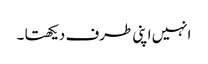
انہیں اپنی طرف دیکھتا ۔